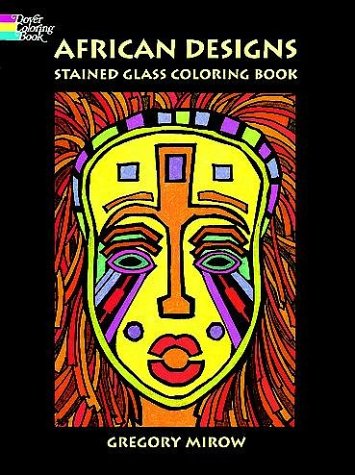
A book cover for African Designs Stained Glass Coloring Book; Gregory Mirow; Teen & Young Adult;